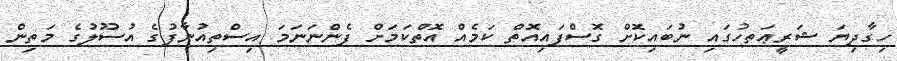
ހިގާދިޔަ ޝަރީޢަތހުގައި ނުބައިކޮށް ގޮސްފައިއޮތް ކަމެއް އޮތްކަމަށް ފެންނަނަމަ އިސްތިއުނާފުގެ އުސޫލުގެ މަތިން